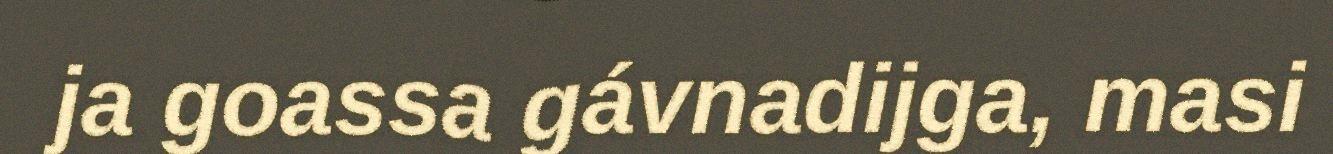
ja goassa gávnadijga, masi